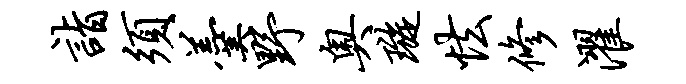
诣须羹野奥璇怯修濯